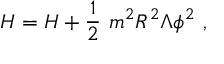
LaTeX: H = { \cal H } + \frac { 1 } { 2 } \ m ^ { 2 } R ^ { 2 } \Lambda \phi ^ { 2 } \ ,